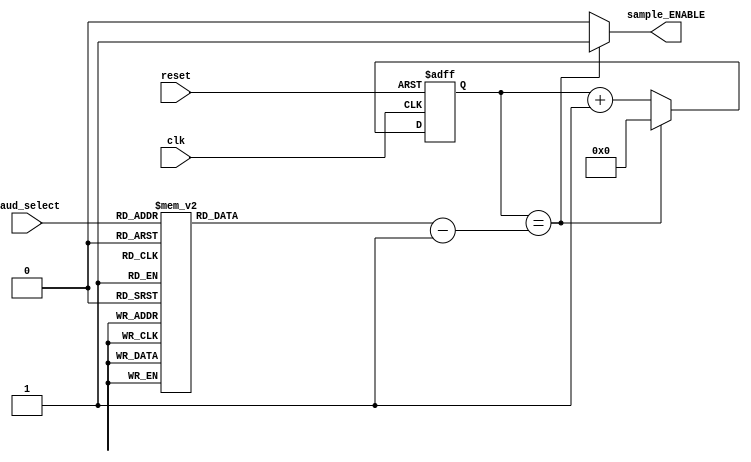
`timescale 1ns / 1ps
//////////////////////////////////////////////////////////////////////////////////
// Company: 
// Engineer: 
// 
// Design Name: 
// Module Name:    baud_controller 
// Project Name: 
// Target Devices: 
// Tool versions: 
// Description: 
//
// Dependencies: 
//
// Revision: 
// Revision 0.01 - File Created
// Additional Comments: 
//
//////////////////////////////////////////////////////////////////////////////////
module baud_controller(reset, clk, baud_select, sample_ENABLE);

input reset, clk;
input [2:0] baud_select;
output reg sample_ENABLE;
reg [15:0] period_counter;
reg [15:0] sample_period_counter;

always @(baud_select)
begin
	case(baud_select)
		3'b000: sample_period_counter = 'd20833;//16'b0101000101100001 //0101_0001_0110_0001 = 20833
	 
		3'b001: sample_period_counter = 'd5208; //16'b0001010001011000; //0001_0100_0101_1000 = 5208
    
		3'b010: sample_period_counter = 'd1302; //16'b0000010100010110; //0000_0101_0001_0110 = 1302
    
		3'b011: sample_period_counter = 'd651; //16'b0000001010001011; //0000_0010_1000_1011 = 651
    
		3'b100: sample_period_counter = 'd326; //16'b0000000101000110; //0000_0001_0100_0110 = 326
    
		3'b101: sample_period_counter = 'd163; //16'b0000000010100011; //0000_0000_1010_0011 = 163
    
		3'b110: sample_period_counter = 'd108; //16'b0000000001101100; //0000_0000_0110_1100 = 108
    
		3'b111: sample_period_counter = 'd54; //16'b0000000000110110; //0000_0000_0011_0110 = 54
    
		default: sample_period_counter = 16'bx_x;
	endcase
end	


always @(posedge clk or posedge reset)
begin
  if(reset)
		period_counter = 16'b0;
  else
		period_counter = (period_counter == sample_period_counter - 1'b1) ? 16'b0 : period_counter + 1'b1;
end


always @(period_counter)
begin
  sample_ENABLE = (period_counter == sample_period_counter - 1'b1) ? 1'b1 : 1'b0;
end
endmodule